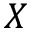
X